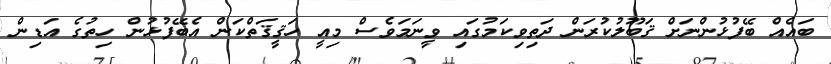
ބައެއް ބޭފުޅުންނަށް ޤަބޫލުކުރަން ދަތިވިކަމުގައި ވީނަމަވެސް މިއީ ހަޤީޤަތްކަން އެބޭފުޅުން ހިތުގެ އަޑިން